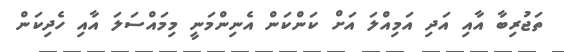
ތަޖުރިބާ އާއި އަދި އަމިއްލަ އަށް ކަންކަން އެނިންމަނީ މިމައްސަލަ އާއި ހެދިކަން